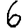
Digit: 6